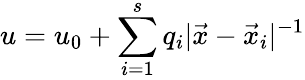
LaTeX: u=u_{0}+\sum_{i=1}^{s}q_{i}|\vec{x}-\vec{x}_{i}|^{-1}